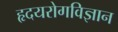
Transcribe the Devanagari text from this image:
हृदयरोगविज्ञान